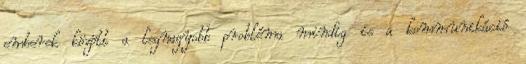
emberek között a legnagyobb probléma mindig is a kommunikáció